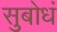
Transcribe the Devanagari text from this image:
सुबोधं